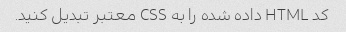
کد HTML داده شده را به CSS معتبر تبدیل کنید.